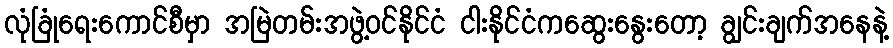
လုံခြုံရေးကောင်စီမှာ အမြဲတမ်းအဖွဲ့ဝင်နိုင်ငံ ငါးနိုင်ငံကဆွေးနွေးတော့ ချွင်းချက်အနေနဲ့